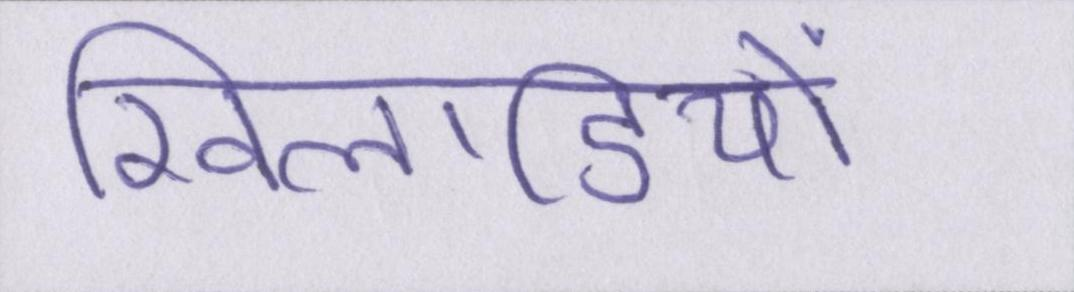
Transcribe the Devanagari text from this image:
खिलाडियों